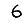
Digit: 6